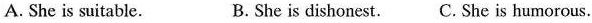
A. She is suitable. B. She is dishonest.C. She is humorous.